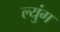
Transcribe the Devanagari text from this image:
ल्युंग